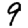
Digit: 9